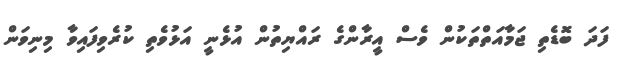
ފަދަ ބޮޑެތި ޖަމާއަތްތަކުން ވެސް އީރާންގެ ރައްޔިތުން އުޅެނީ އަޅުވެތި ކުރެވިފައިވާ މިނިވަން